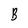
Character: B